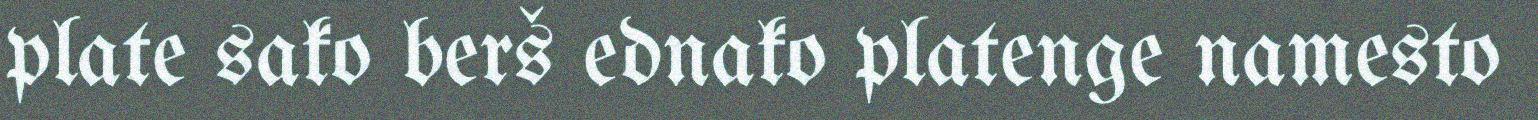
plate sako berš ednako platenge namesto